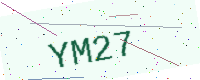
Text: YM27